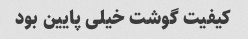
کیفیت گوشت خیلی پایین بود